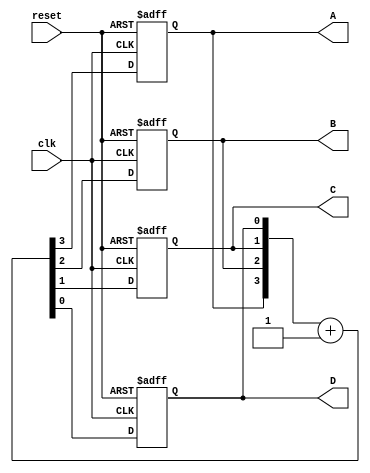
`ifndef bit4count_MODULE
`define bit4count_MODULE
module bit4count (
    output reg A,B,C,D,
    input clk,
    input reset
    
);
always @(posedge clk or posedge reset)
    if(reset)  
     begin
        {A,B,C,D}<=4'b0000;
         
    end
    else if ({A & B & C & D}==4'b1111)
       begin
        {A,B,C,D}<=4'b0000;
         
    end

    else    
    begin
        {A,B,C,D}<={A,B,C,D}+4'b0001;
      
    end

endmodule
`endif